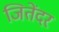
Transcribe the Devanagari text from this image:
जितेंदर